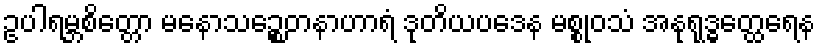
ဥပါရမ္ဘစိတ္တော မနောသဉ္စေတနာဟာရံ ဒုတိယပဒေန မစ္စုဝသံ အနုရုဒ္ဓတ္ထေရေန